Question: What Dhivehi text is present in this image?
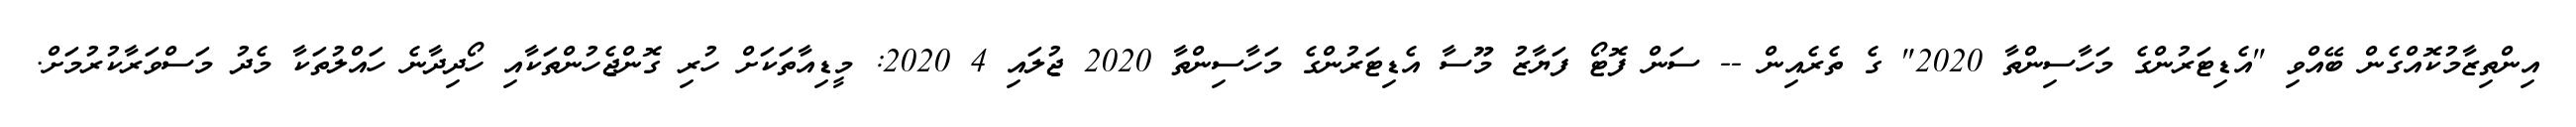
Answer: އިންތިޒާމުކޮއްގެން ބޭއްވި "އެޑިޓަރުންގެ މަހާސިންތާ 2020" ގެ ތެރެއިން -- ސަން ފޮޓޯ ފަޔާޒު މޫސާ އެޑިޓަރުންގެ މަހާސިންތާ 2020 ޖުލައި 4 2020: މީޑިއާތަކަށް ހުރި ގޮންޖެހުންތަކާއި ހޯދިދާނެ ހައްލުތަކާ މެދު މަސްވަރާކުރުމަށް.